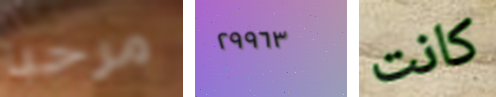
مرحبا ٢٩٩٦٣ كانت